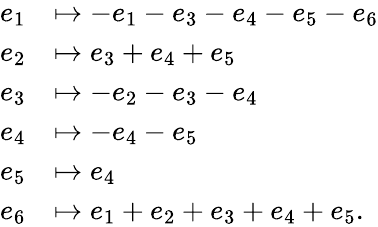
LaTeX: \begin{array}{rl}{e_{1}}&{\mapsto-e_{1}-e_{3}-e_{4}-e_{5}-e_{6}}\\ {e_{2}}&{\mapsto e_{3}+e_{4}+e_{5}}\\ {e_{3}}&{\mapsto-e_{2}-e_{3}-e_{4}}\\ {e_{4}}&{\mapsto-e_{4}-e_{5}}\\ {e_{5}}&{\mapsto e_{4}}\\ {e_{6}}&{\mapsto e_{1}+e_{2}+e_{3}+e_{4}+e_{5}.}\end{array}